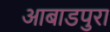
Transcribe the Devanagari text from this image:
आबाडपुरा